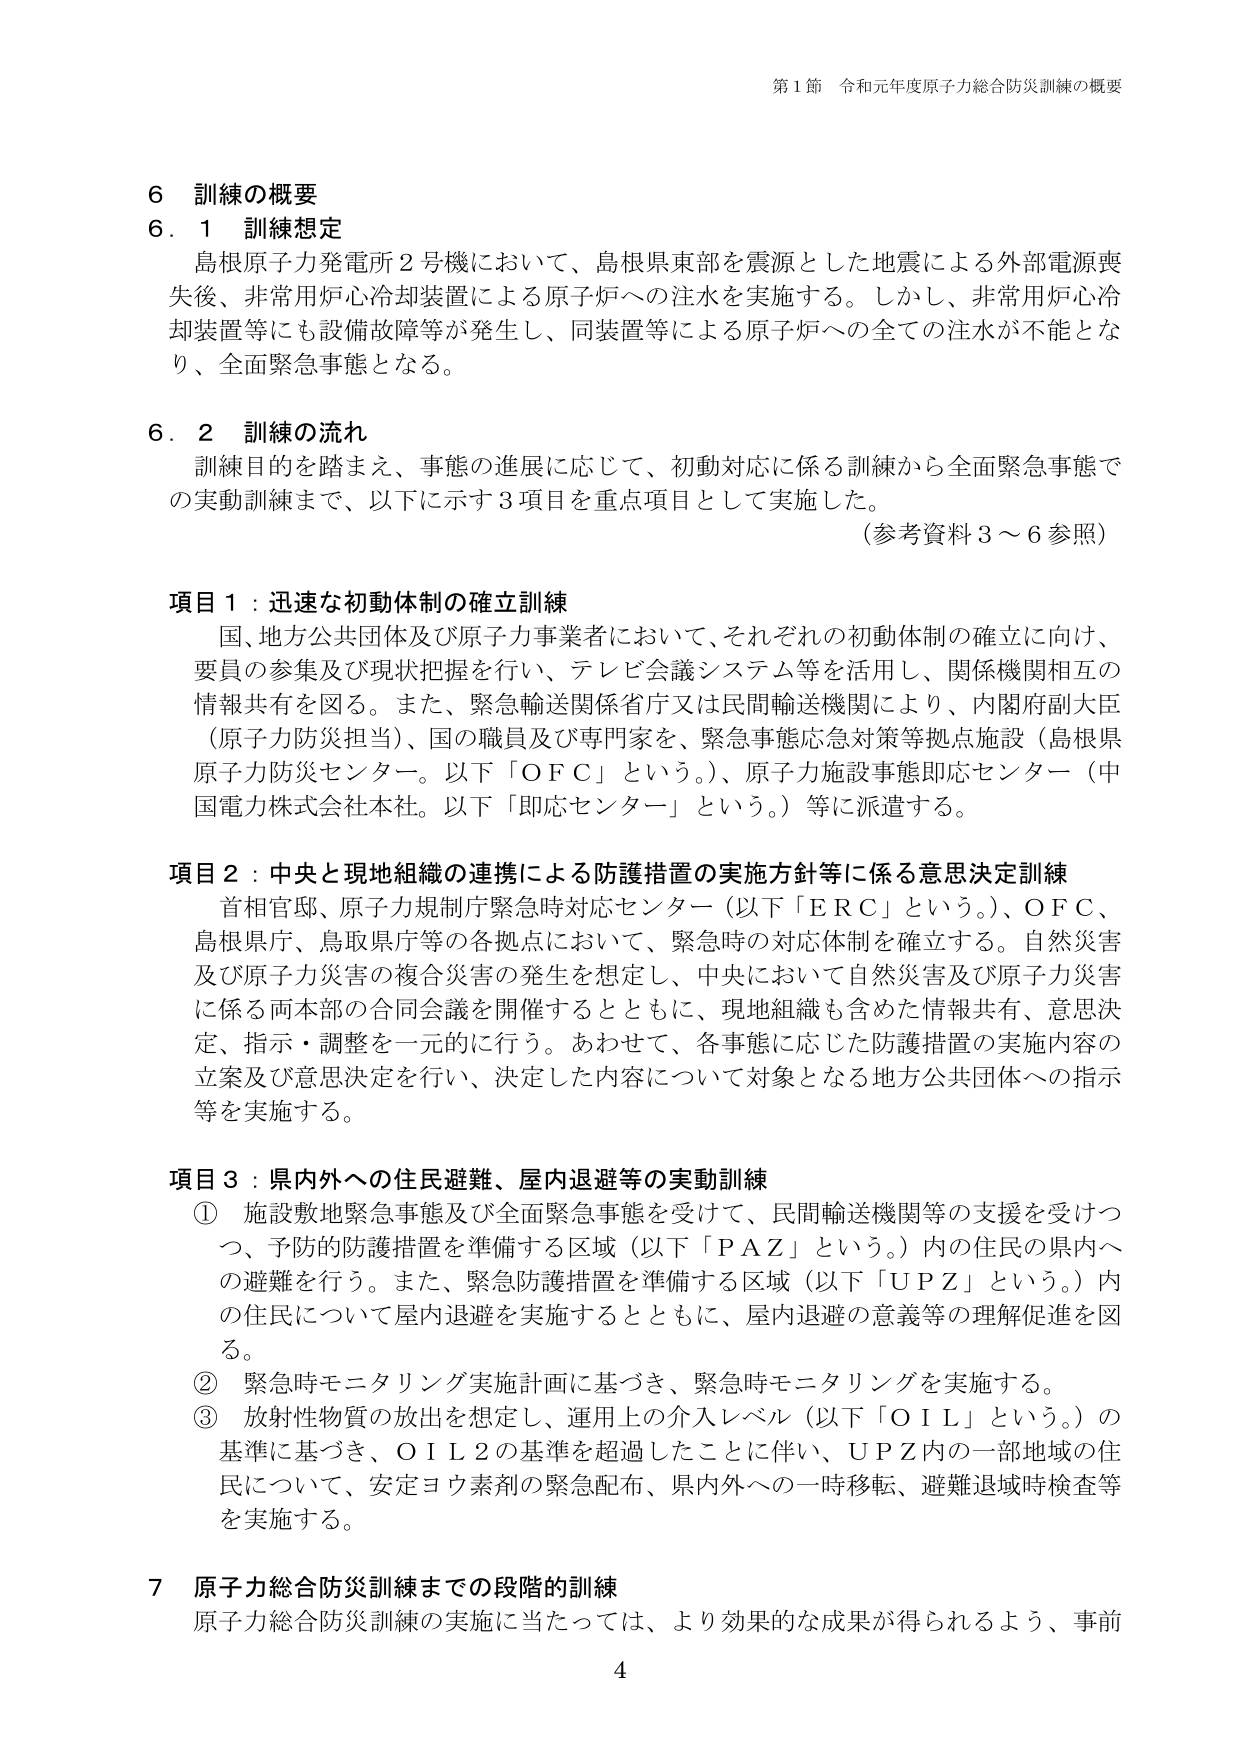
第1節 令和元年度原子力総合防災訓練の概要

6 訓練の概要
6.1 訓練想定
島根原子力発電所2号機において、島根県東部を震源とした地震による外部電源喪失後、非常用炉心冷却装置による原子炉への注水を実施する。しかし、非常用炉心冷却装置等にも設備故障等が発生し、同装置等による原子炉への全ての注水が不能となり、全面緊急事態となる。

6.2 訓練の流れ
訓練目的を踏まえ、事態の進展に応じて、初動対応に係る訓練から全面緊急事態での実動訓練まで、以下に示す3項目を重点項目として実施した。
（参考資料3～6参照）

項目1：迅速な初動体制の確立訓練
国、地方公共団体及び原子力事業者において、それぞれの初動体制の確立に向け、要員の参集及び現状把握を行い、テレビ会議システム等を活用し、関係機関相互の情報共有を図る。また、緊急輸送関係省庁又は民間輸送機関により、内閣府副大臣（原子力防災担当）、国の職員及び専門家を、緊急事態応急対策等拠点施設（島根県原子力防災センター。以下「OFC」という。）、原子力施設事態即応センター（中国電力株式会社本社。以下「即応センター」という。）等に派遣する。

項目2：中央と現地組織の連携による防護措置の実施方針等に係る意思決定訓練
首相官邸、原子力規制庁緊急時対応センター（以下「ERC」という。）、OFC、島根県庁、鳥取県庁等の各拠点において、緊急時の対応体制を確立する。自然災害及び原子力災害の複合災害の発生を想定し、中央において自然災害及び原子力災害に係る両本部の合同会議を開催するとともに、現地組織も含めた情報共有、意思決定、指示・調整を一元的に行う。あわせて、各事態に応じた防護措置の実施内容の立案及び意思決定を行い、決定した内容について対象となる地方公共団体への指示等を実施する。

項目3：県内外への住民避難、屋内退避等の実動訓練
① 施設敷地緊急事態及び全面緊急事態を受けて、民間輸送機関等の支援を受けつつ、予防的防護措置を準備する区域（以下「PAZ」という。）内の住民の県内への避難を行う。また、緊急防護措置を準備する区域（以下「UPZ」という。）内の住民について屋内退避を実施するとともに、屋内退避の意義等の理解促進を図る。
② 緊急時モニタリング実施計画に基づき、緊急時モニタリングを実施する。
③ 放射性物質の放出を想定し、運用上の介入レベル（以下「OIL」という。）の基準に基づき、OIL2の基準を超過したことに伴い、UPZ内の一部地域の住民について、安定ヨウ素剤の緊急配布、県内外への一時移転、避難退域時検査等を実施する。

7 原子力総合防災訓練までの段階的訓練
原子力総合防災訓練の実施に当たっては、より効果的な成果が得られるよう、事前

4